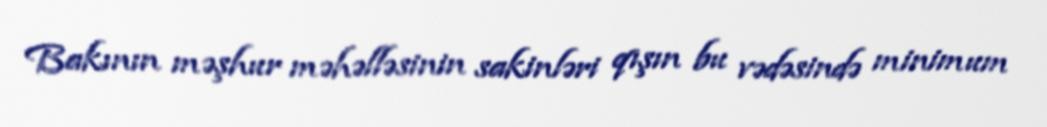
Bakının məşhur məhəlləsinin sakinləri qışın bu vədəsində minimum